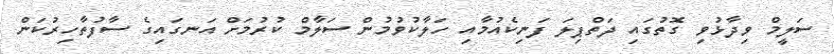
ސަލީމް ވިދާޅުވި ގޮތުގައި ދަތްޕިލަ ފަނިކެއުމާއި ހަލާކުވުމުން ސަލާމް ކުރުމަށް އަނގައިގެ ސާފުތާހިރުކަން